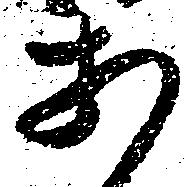
あ